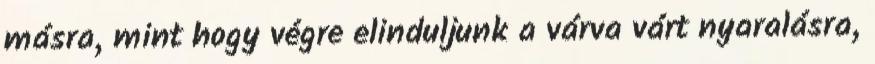
másra, mint hogy végre elinduljunk a várva várt nyaralásra,